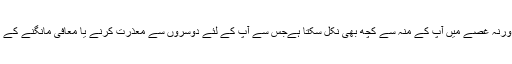
آج آپ مزاج کی گرمی پر قابو پائیں ورنہ غصے میں آپ کے منہ سے کچھ بھی نکل سکتا ہےجس سے آپ کے لئے دوسروں سے معذرت کرنے یا معافی مانگنے کے علاوہ کوئی بھی راستہ نہیں بچے گا۔